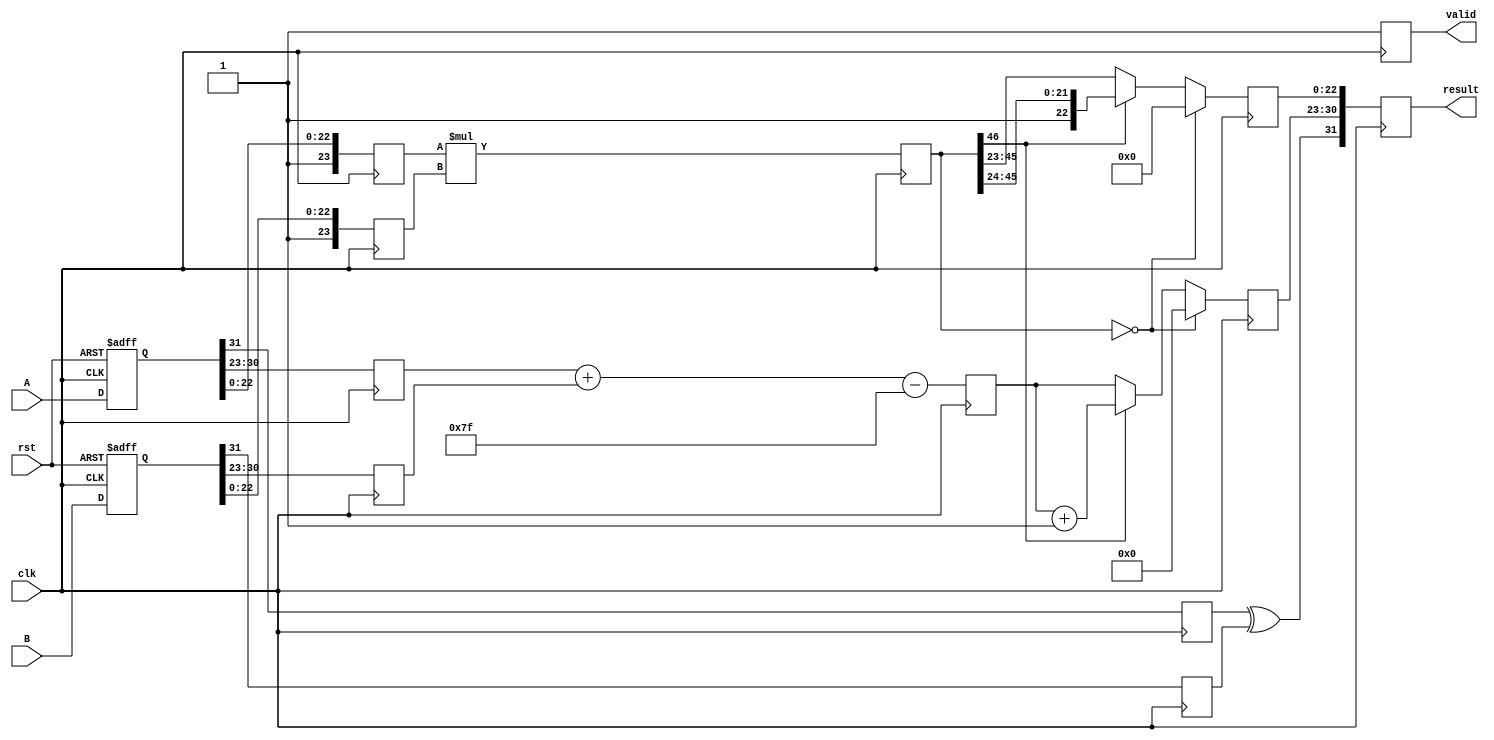
module fp_pipelined_multiplier (
    input clk,
    input rst,
    input [31:0] A, // First floating-point input
    input [31:0] B, // Second floating-point input
    output reg [31:0] result, // Output floating-point result
    output reg valid // Output valid signal
);

// Parameters for IEEE 754 single precision
parameter EXPONENT_BITS = 8;
parameter MANTISSA_BITS = 23;
parameter BIAS = 127;
parameter TOTAL_BITS = 32;

// Stage 1: Input Registration and Decomposition
reg [31:0] A_reg, B_reg;
reg sign_a, sign_b;
reg [EXPONENT_BITS-1:0] exponent_a, exponent_b;
reg [MANTISSA_BITS:0] mantissa_a, mantissa_b; // Include implicit leading 1

always @(posedge clk or posedge rst) begin
    if (rst) begin
        A_reg <= 32'b0;
        B_reg <= 32'b0;
    end else begin
        A_reg <= A;
        B_reg <= B;
    end
end

always @(posedge clk) begin
    sign_a <= A_reg[31];
    sign_b <= B_reg[31];
    exponent_a <= A_reg[30:23];
    exponent_b <= B_reg[30:23];
    mantissa_a <= {1'b1, A_reg[22:0]}; // Add implicit 1
    mantissa_b <= {1'b1, B_reg[22:0]}; // Add implicit 1
end

// Stage 2: Mantissa Multiplication
reg [46:0] mantissa_product; // 23 + 23 bits
always @(posedge clk) begin
    mantissa_product <= mantissa_a * mantissa_b; // Multiply mantissas
end

// Stage 3: Exponent Calculation and Normalization
reg [EXPONENT_BITS:0] exponent_result; // 8 bits + 1 for overflow
reg [MANTISSA_BITS:0] normalized_mantissa;
reg [EXPONENT_BITS-1:0] adjusted_exponent;
always @(posedge clk) begin
    // Exponent calculation
    exponent_result <= exponent_a + exponent_b - BIAS;

    // Normalization
    if (mantissa_product[46]) begin // Check for overflow
        normalized_mantissa <= mantissa_product[46:24]; // Shift right
        adjusted_exponent <= exponent_result + 1;
    end else begin
        normalized_mantissa <= mantissa_product[45:23]; // Use the product as is
        adjusted_exponent <= exponent_result;
    end

    // Handle special cases
    if (mantissa_product == 0) begin
        adjusted_exponent <= 0; // If product is zero
        normalized_mantissa <= 0;
    end
end

// Stage 4: Output Stage
always @(posedge clk) begin
    // Form the final result
    result <= {sign_a ^ sign_b, adjusted_exponent[EXPONENT_BITS-1:0], normalized_mantissa[MANTISSA_BITS-1:0]};
    valid <= 1'b1; // Output valid signal
end

endmodule